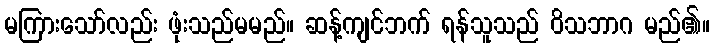
မကြားသော်လည်း ဖုံးသည်မမည်။ ဆန့်ကျင်ဘက် ရန်သူသည် ဝိသဘာဂ မည်၏။